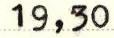
19,30